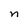
Character: n